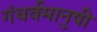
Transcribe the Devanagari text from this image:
गंधर्वमानुषी